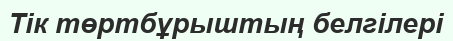
Тік төртбұрыштың белгілері